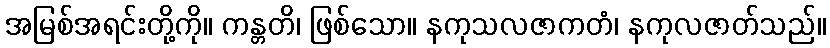
အမြစ်အရင်းတို့ကို။ ကန္တတိ၊ ဖြစ်သော။ နကုသလဇာကတံ၊ နကုလဇာတ်သည်။